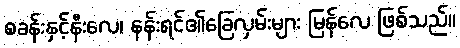
စခန်းနှင့်နီးလေ၊ နန်းရင်၏ခြေလှမ်းများ မြန်လေ ဖြစ်သည်။